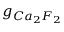
g _ { C a _ { 2 } F _ { 2 } }